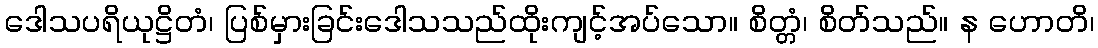
ဒေါသပရိယုဋ္ဌိတံ၊ ပြစ်မှားခြင်းဒေါသသည်ထိုးကျင့်အပ်သော။ စိတ္တံ၊ စိတ်သည်။ န ဟောတိ၊